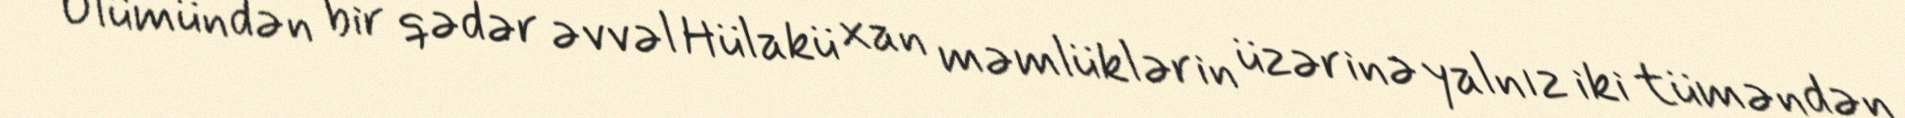
Ölümündən bir qədər əvvəl Hülakü xan məmlüklərin üzərinə yalnız iki tüməndən